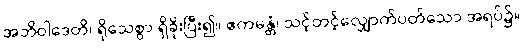
အဘိဝါဒေတိ၊ ရိုသေစွာ ရှိခိုးပြီး၍။ ဧကမန္တံ၊ သင့်တင့်လျှောက်ပတ်သော အရပ်၌။